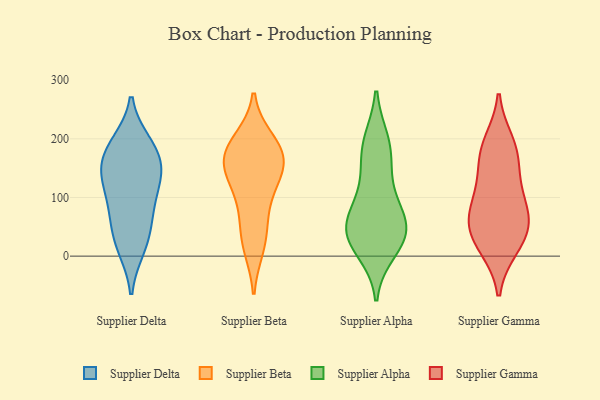
{"axis": {"x": "Operating Costs (USD K)", "y": "Value"}, "legend": ["Supplier Alpha", "Supplier Beta", "Supplier Delta", "Supplier Gamma"], "data": [{"x": "", "y": 129, "type": "Supplier Delta"}, {"x": "", "y": 15, "type": "Supplier Delta"}, {"x": "", "y": 22, "type": "Supplier Delta"}, {"x": "", "y": 52, "type": "Supplier Delta"}, {"x": "", "y": 191, "type": "Supplier Delta"}, {"x": "", "y": 183, "type": "Supplier Delta"}, {"x": "", "y": 139, "type": "Supplier Delta"}, {"x": "", "y": 149, "type": "Supplier Delta"}, {"x": "", "y": 139, "type": "Supplier Delta"}, {"x": "", "y": 83, "type": "Supplier Delta"}, {"x": "", "y": 183, "type": "Supplier Delta"}, {"x": "", "y": 84, "type": "Supplier Delta"}, {"x": "", "y": 196, "type": "Supplier Beta"}, {"x": "", "y": 187, "type": "Supplier Beta"}, {"x": "", "y": 149, "type": "Supplier Beta"}, {"x": "", "y": 110, "type": "Supplier Beta"}, {"x": "", "y": 72, "type": "Supplier Beta"}, {"x": "", "y": 130, "type": "Supplier Beta"}, {"x": "", "y": 31, "type": "Supplier Beta"}, {"x": "", "y": 171, "type": "Supplier Beta"}, {"x": "", "y": 166, "type": "Supplier Beta"}, {"x": "", "y": 17, "type": "Supplier Beta"}, {"x": "", "y": 166, "type": "Supplier Beta"}, {"x": "", "y": 35, "type": "Supplier Alpha"}, {"x": "", "y": 160, "type": "Supplier Alpha"}, {"x": "", "y": 188, "type": "Supplier Alpha"}, {"x": "", "y": 194, "type": "Supplier Alpha"}, {"x": "", "y": 49, "type": "Supplier Alpha"}, {"x": "", "y": 11, "type": "Supplier Alpha"}, {"x": "", "y": 37, "type": "Supplier Alpha"}, {"x": "", "y": 109, "type": "Supplier Alpha"}, {"x": "", "y": 85, "type": "Supplier Alpha"}, {"x": "", "y": 51, "type": "Supplier Alpha"}, {"x": "", "y": 39, "type": "Supplier Alpha"}, {"x": "", "y": 193, "type": "Supplier Gamma"}, {"x": "", "y": 179, "type": "Supplier Gamma"}, {"x": "", "y": 101, "type": "Supplier Gamma"}, {"x": "", "y": 20, "type": "Supplier Gamma"}, {"x": "", "y": 168, "type": "Supplier Gamma"}, {"x": "", "y": 80, "type": "Supplier Gamma"}, {"x": "", "y": 58, "type": "Supplier Gamma"}, {"x": "", "y": 57, "type": "Supplier Gamma"}, {"x": "", "y": 48, "type": "Supplier Gamma"}, {"x": "", "y": 127, "type": "Supplier Gamma"}, {"x": "", "y": 16, "type": "Supplier Gamma"}]}